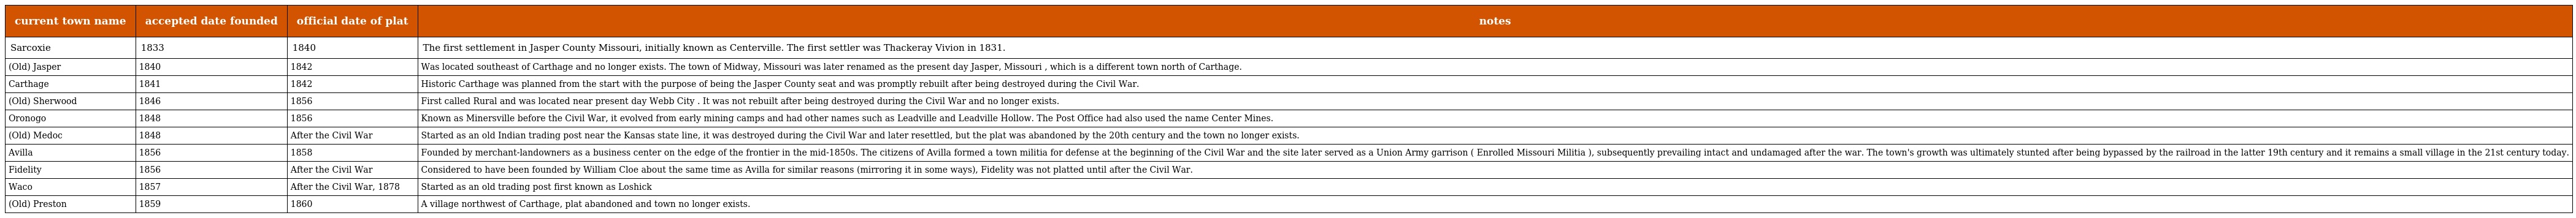
| current town name | accepted date founded | official date of plat | notes |
 | --- | --- | --- | --- |
 | Sarcoxie | 1833 | 1840 | The first settlement in Jasper County Missouri, initially known as Centerville. The first settler was Thackeray Vivion in 1831. |
 | (Old) Jasper | 1840 | 1842 | Was located southeast of Carthage and no longer exists. The town of Midway, Missouri was later renamed as the present day Jasper, Missouri , which is a different town north of Carthage. |
 | Carthage | 1841 | 1842 | Historic Carthage was planned from the start with the purpose of being the Jasper County seat and was promptly rebuilt after being destroyed during the Civil War. |
 | (Old) Sherwood | 1846 | 1856 | First called Rural and was located near present day Webb City . It was not rebuilt after being destroyed during the Civil War and no longer exists. |
 | Oronogo | 1848 | 1856 | Known as Minersville before the Civil War, it evolved from early mining camps and had other names such as Leadville and Leadville Hollow. The Post Office had also used the name Center Mines. |
 | (Old) Medoc | 1848 | After the Civil War | Started as an old Indian trading post near the Kansas state line, it was destroyed during the Civil War and later resettled, but the plat was abandoned by the 20th century and the town no longer exists. |
 | Avilla | 1856 | 1858 | Founded by merchant-landowners as a business center on the edge of the frontier in the mid-1850s. The citizens of Avilla formed a town militia for defense at the beginning of the Civil War and the site later served as a Union Army garrison ( Enrolled Missouri Militia ), subsequently prevailing intact and undamaged after the war. The town's growth was ultimately stunted after being bypassed by the railroad in the latter 19th century and it remains a small village in the 21st century today. |
 | Fidelity | 1856 | After the Civil War | Considered to have been founded by William Cloe about the same time as Avilla for similar reasons (mirroring it in some ways), Fidelity was not platted until after the Civil War. |
 | Waco | 1857 | After the Civil War, 1878 | Started as an old trading post first known as Loshick |
 | (Old) Preston | 1859 | 1860 | A village northwest of Carthage, plat abandoned and town no longer exists. |